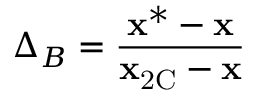
\Delta _ { B } = \frac { \mathbf { x } ^ { * } - \mathbf { x } } { \mathbf { x } _ { \mathrm { 2 C } } - \mathbf { x } }